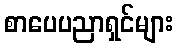
စာပေပညာရှင်များ